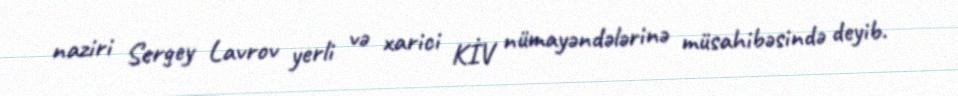
naziri Sergey Lavrov yerli və xarici KİV nümayəndələrinə müsahibəsində deyib.